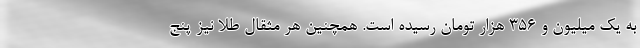
به یک میلیون و ۳۵۶ هزار تومان رسیده است. همچنین هر مثقال طلا نیز پنج